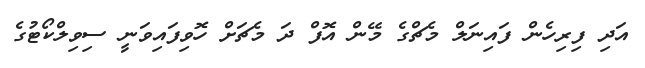
އަދި ފިރިހެން ފައިނަލް މެޗްގެ މޭން އޮފް ދަ މެޗަށް ހޮވިފައިވަނީ ސިވިލްކޯޓުގެ